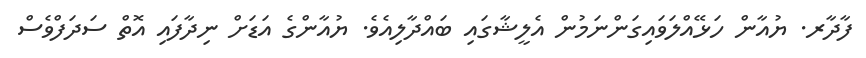
ފާދާރ. ޔުއާން ހަޅޭއްލަވައިގަންނަމުން އެލީޝާގައި ބައްދާލިއެވެ. ޔުއާންގެ އަޑަށް ނިދާފައި އޮތް ސަދަފްވެސް